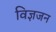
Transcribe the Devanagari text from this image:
विज्ञजन